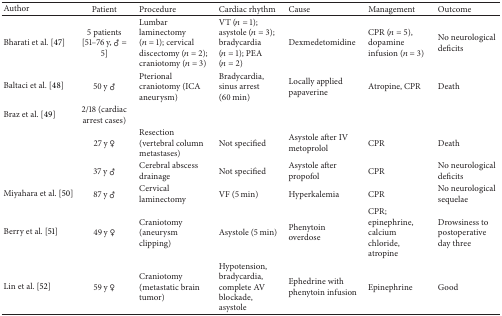
| Author | Patient | Procedure | Cardiac rhythm | Cause | Management | Outcome |
 | --- | --- | --- | --- | --- | --- | --- |
 | Bharati et al. [47] | 5 patients [51–76 y, ♂ = 5] | Lumbar laminectomy (n = 1); cervical discectomy (n = 2); craniotomy (n = 3) | VT (n = 1); asystole (n = 3); bradycardia (n = 1); PEA (n = 2) | Dexmedetomidine | CPR (n = 5), dopamine infusion (n = 3) | No neurological deficits |
 | Baltaci et al. [48] | 50 y ♂ | Pterional craniotomy (ICA aneurysm) | Bradycardia, sinus arrest (60 min) | Locally applied papaverine | Atropine, CPR | Death |
 | Braz et al. [49] | 2/18 (cardiac arrest cases) |  |  |  |  |  |
 |  | 27 y ♀ | Resection (vertebral column metastases) | Not specified | Asystole after IV metoprolol | CPR | Death |
 |  | 37 y ♂ | Cerebral abscess drainage | Not specified | Asystole after propofol | CPR | No neurological deficits |
 | Miyahara et al. [50] | 87 y ♂ | Cervical laminectomy | VF (5 min) | Hyperkalemia | CPR | No neurological sequelae |
 | Berry et al. [51] | 49 y ♀ | Craniotomy (aneurysm clipping) | Asystole (5 min) | Phenytoin overdose | CPR; epinephrine, calcium chloride, atropine | Drowsiness to postoperative day three |
 | Lin et al. [52] | 59 y ♀ | Craniotomy (metastatic brain tumor) | Hypotension, bradycardia, complete AV blockade, asystole | Ephedrine with phenytoin infusion | Epinephrine | Good |